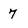
Character: 7